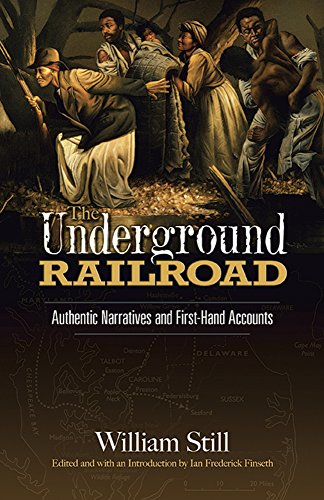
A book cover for The Underground Railroad: Authentic Narratives and First-Hand Accounts (African American); William Still; Engineering & Transportation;